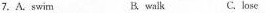
7.A.swim B. walk C. lose